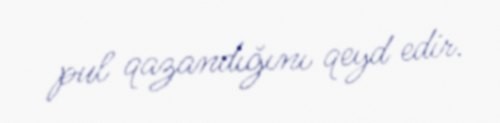
pul qazandığını qeyd edir.